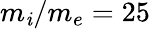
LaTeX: m_{\mathit{i}}/m_{e}=25